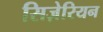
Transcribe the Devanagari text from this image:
सिज़ेरियन